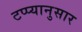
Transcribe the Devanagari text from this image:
टप्प्यानुसार